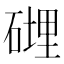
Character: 𥕄